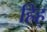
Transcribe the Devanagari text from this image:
ह्रिह्